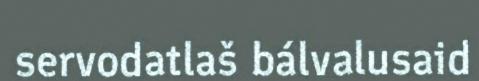
servodatlaš bálvalusaid